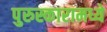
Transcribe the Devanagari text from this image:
पुरुस्कारामध्ये